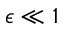
\epsilon \ll 1